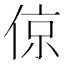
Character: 倞